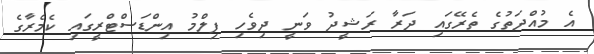
އެ މުއްދަތުގެ ތެރޭގައި ދަރާ ރަޝީދު ވަނީ ދިވެހި ފިލްމު އިންޑަސްޓްރީގައި ކެމެރާގެ